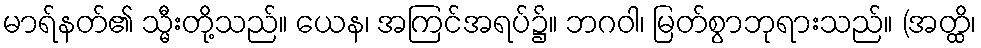
မာရ်နတ်၏ သ္မီးတို့သည်။ ယေန၊ အကြင်အရပ်၌။ ဘဂဝါ၊ မြတ်စွာဘုရားသည်။ (အတ္ထိ၊